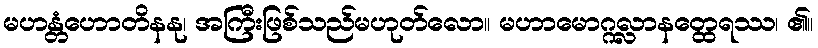
မဟန္တံဟောတိနနု၊ အကြီးဖြစ်သည်မဟုတ်လော။ မဟာမောဂ္ဂလ္လာနတ္ထေရဿ၊ ၏။